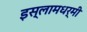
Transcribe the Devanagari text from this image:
इस्लामधर्मी